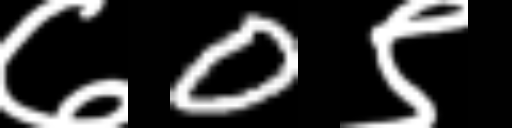
Text: ७0९